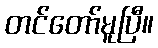
တင်တော်မူပြီ။